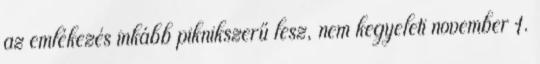
az emlékezés inkább piknikszerű lesz, nem kegyeleti november 1.